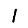
Digit: 1